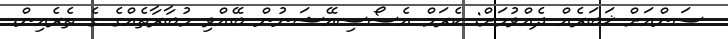
ސަންއަށް ޚަބަރެއް ދެއްވުމަށް: ކެރަމް އެސޯސިއޭޝަނުން ބޭއްވި މުބާރާތެއްގެ ގެ ތެރެއިން.